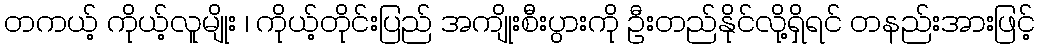
တကယ့် ကိုယ့်လူမျိုး ၊ ကိုယ့်တိုင်းပြည် အကျိုးစီးပွားကို ဦးတည်နိုင်လို့ရှိရင် တနည်းအားဖြင့်